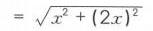
$= \sqrt{x^{2}+(2x)^{2}}$